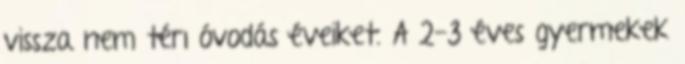
vissza nem térı óvodás éveiket. A 2-3 éves gyermekek